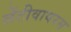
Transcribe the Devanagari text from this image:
लेंटीवायरस